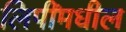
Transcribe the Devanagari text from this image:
लिपींमधील